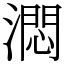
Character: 㵍